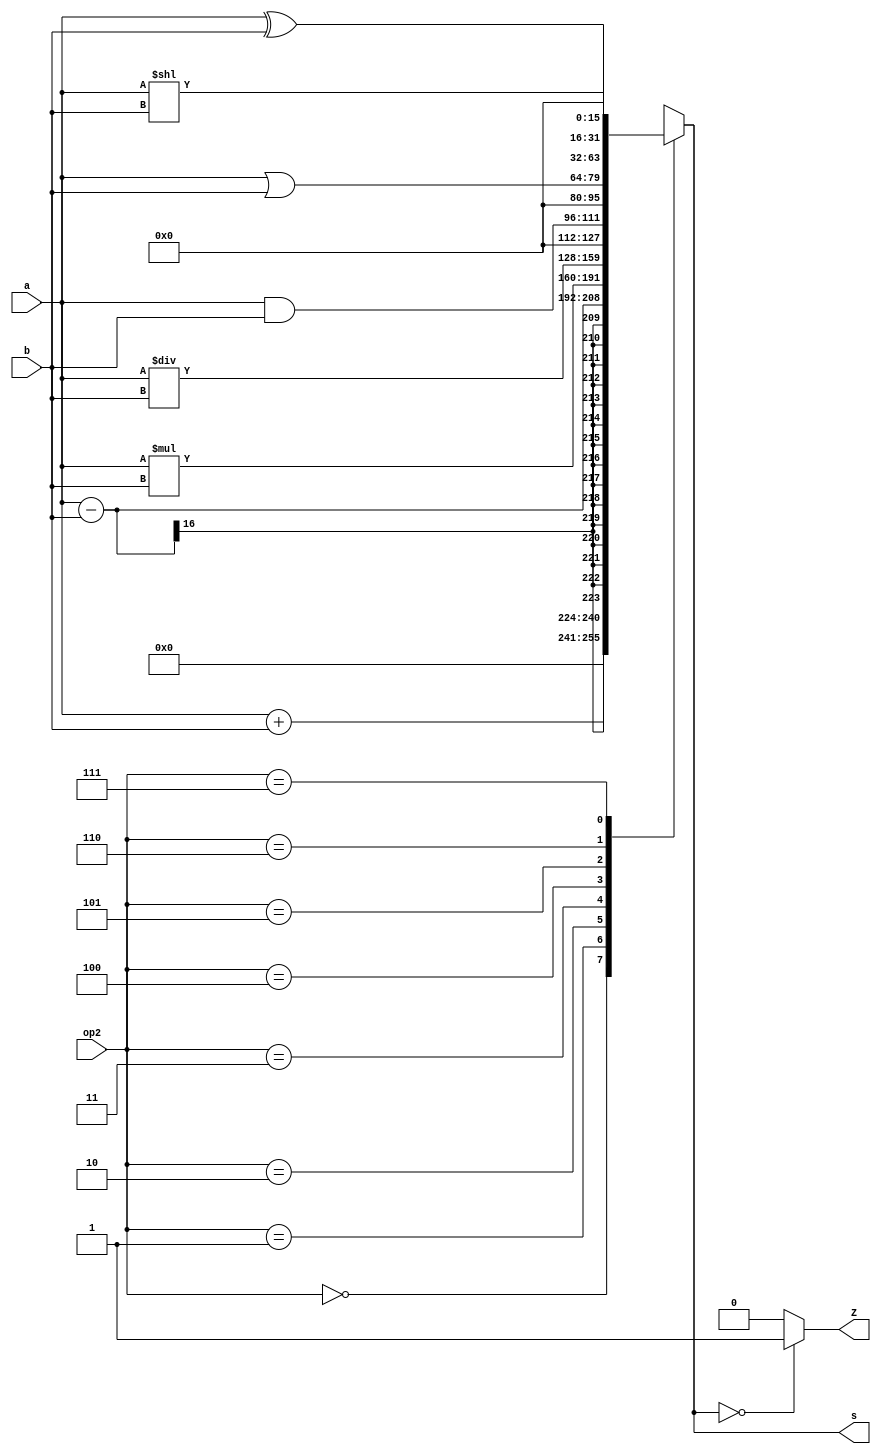
`timescale 1ns/1ns

//creacion del modulo
module ALU(
             input [15:0]a,b,
			 input [2:0]op2,
			 output reg[31:0]s,
			 output reg Z

);
always @*
begin
     case(op2)
	     3'd0: 
		 begin
		     s<= a + b;
		 end
		 
	     3'd1: 
		 begin 
		     s<= a - b;
		 end
		 
	     3'd2:
         begin		
     		 s<= a * b;
		 end
		 
	     3'd3: 
		 begin 
		     s<= a / b;
		 end
		 
	     3'd4:
         begin		
    		 s<= a & b;
		 end
		 
	     3'd5:
         begin		
    		 s<= a | b;
		 end
		 
	     3'd6:
         begin		 
		     s<= a << b;
		 end
		 
	     3'd7:
         begin		 
		     s<= a ^ b;
		 end
	     
	 endcase
	 if (s == 32'd0) 
         begin
             Z <= 1'b1;
         end
         else begin
             Z <= 1'b0;
         end
	 
end
endmodule